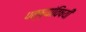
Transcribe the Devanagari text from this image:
पक्ष्यांविषयी